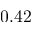
0 . 4 2